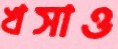
খসাও